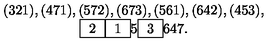
\begin{array} { c } { ( 3 2 1 ) , ( 4 7 1 ) , ( 5 7 2 ) , ( 6 7 3 ) , ( 5 6 1 ) , ( 6 4 2 ) , ( 4 5 3 ) , } \\ { \fbox { 2 } \fbox { 1 } 5 \fbox { 3 } 6 4 7 . } \\ \end{array}